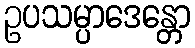
ဥပသမ္ပာဒေန္တော